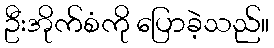
ဦးအိုက်စံကို ပြောခဲ့သည်။